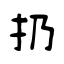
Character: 扔